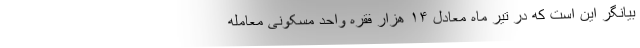
بیانگر این است که در تیر ماه معادل ۱۴ هزار فقره واحد مسکونی معامله